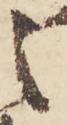
之